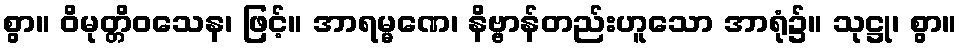
စွာ။ ဝိမုတ္တိဝသေန၊ ဖြင့်။ အာရမ္မဏေ၊ နိဗ္ဗာန်တည်းဟူသော အာရုံ၌။ သုဋ္ဌု၊ စွာ။